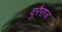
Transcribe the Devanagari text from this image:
दुरैराज